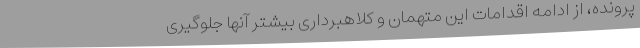
پرونده، از ادامه اقدامات این متهمان و کلاهبرداری بیشتر آنها جلوگیری